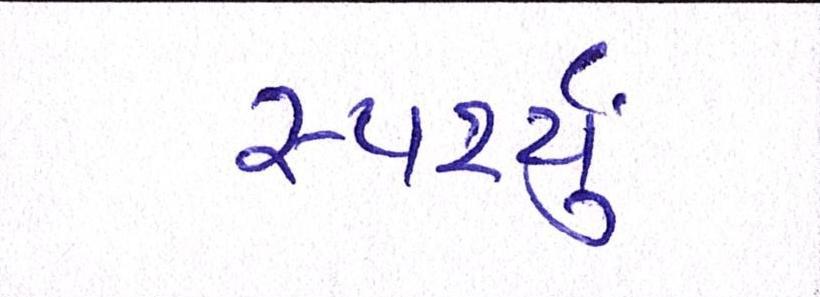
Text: સ્પર્શ્યું